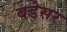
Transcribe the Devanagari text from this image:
बडेसर